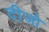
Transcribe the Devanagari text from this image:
दीजो